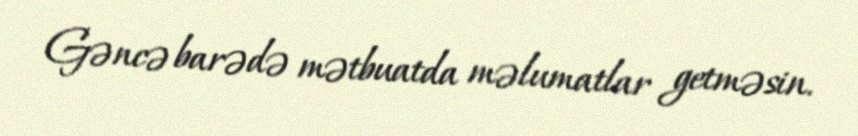
Gəncə barədə mətbuatda məlumatlar getməsin.